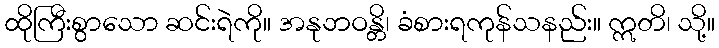
ထိုကြီးစွာသော ဆင်းရဲကို။ အနုဘဝန္တိ၊ ခံစားရကုန်သနည်း။ ဣတိ၊ သို့။